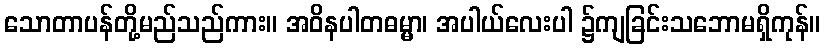
သောတာပန်တို့မည်သည်ကား။ အဝိနပါတဓမ္မာ၊ အပါယ်လေးပါ ၌ကျခြင်းသဘောမရှိကုန်။